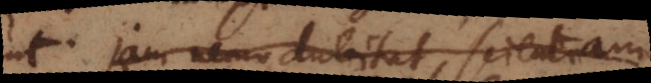
m nemo dubitat, scientiam